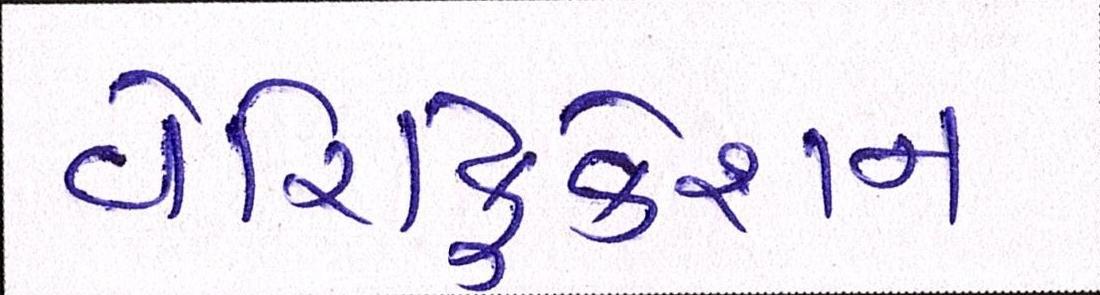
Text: વેરિફિકેશન